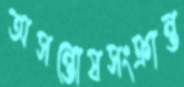
অসন্তোষসংক্রান্ত